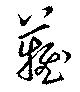
難